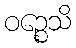
ဝဉ္စေသိ